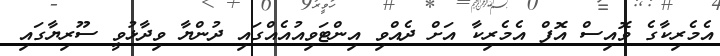
އެމެރިކާގެ ވޮއިސް އޮފް އެމެރިކާ އަށް ދެއްވި އިންޓަވިއުއެއްގައި ދުންޔާ ވިދާޅުވީ ސޫރިޔާގައި